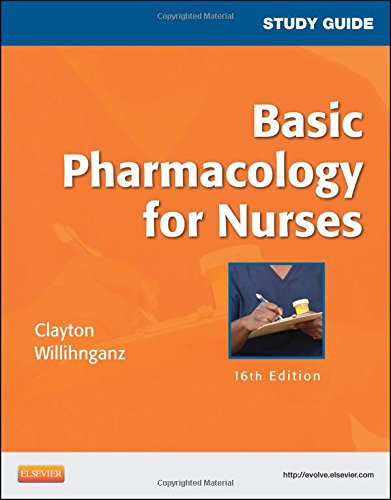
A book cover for Basic Pharmacology for Nurses: Study Guide, 16th Edition (.Net Developers Series); Bruce D. Clayton; Medical Books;